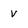
Character: v